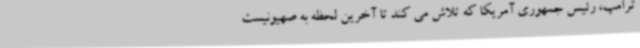
ترامپ، رئیس جمهوری آمریکا که تلاش می کند تا آخرین لحظه به صهیونیست